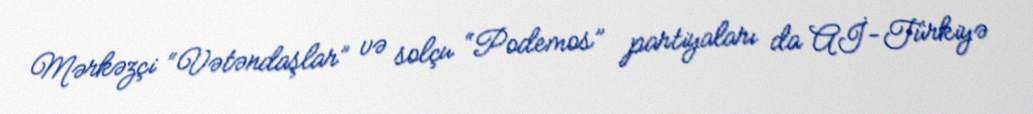
Mərkəzçi “Vətəndaşlar” və solçu “Podemos” partiyaları da Aİ-Türkiyə